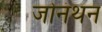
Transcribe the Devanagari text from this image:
जोनंथन